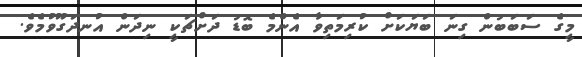
މީގެ ސަބަބުން ގިނަ ބަޔަކަށް ކުރިމަތިވާ އެންމެ ބޮޑު ދަށްޗަކީ ނިދަން އުނދަގޫވުމެވެ.